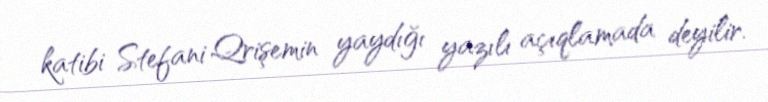
katibi Stefani Qrişemin yaydığı yazılı açıqlamada deyilir.